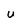
Character: u